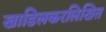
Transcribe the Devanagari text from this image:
खाडिलकरलिखित